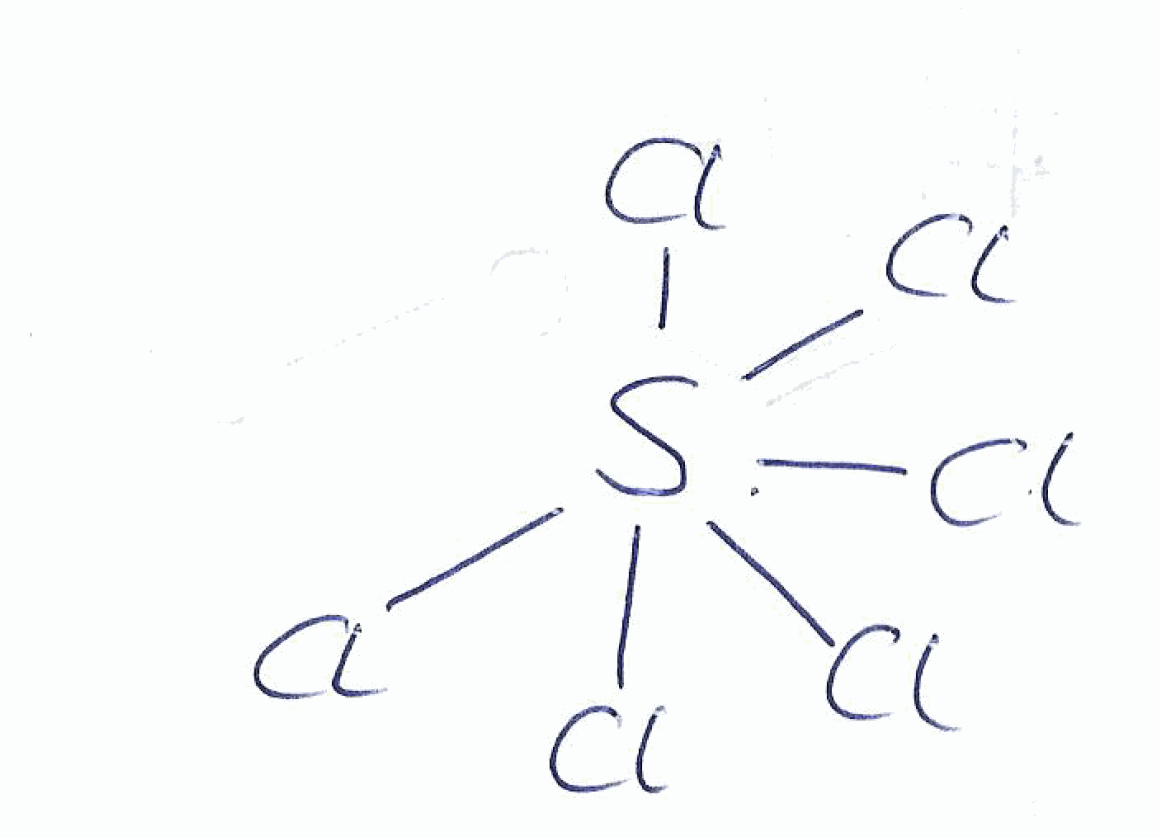
Simplified molecular-input line-entry system (SMILES) notation of the given molecule:
S(Cl)(Cl)(Cl)(Cl)(Cl)Cl